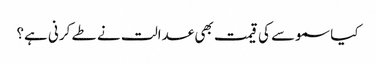
کیا سموسے کی قیمت بھی عدالت نے طے کرنی ہے؟